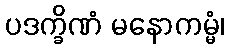
ပဒက္ခိဏံ မနောကမ္မံ၊